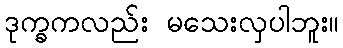
ဒုက္ခကလည်း မသေးလှပါဘူး။